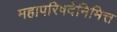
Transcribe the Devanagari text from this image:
महापरिषदेनिमित्त